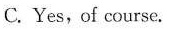
C.Yes,of course.